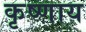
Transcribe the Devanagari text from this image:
कृष्णाय